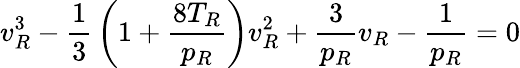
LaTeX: {v_{R}^{3}}-{\frac{1}{3}}\left({1+{\frac{8T_{R}}{p_{R}}}}\right){v_{R}^{2}}+{\frac{3}{p_{R}}}v_{R}-{\frac{1}{p_{R}}}=0